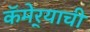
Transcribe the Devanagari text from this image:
कॅमेर्‍याची